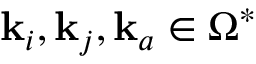
\mathbf { k } _ { i } , \mathbf { k } _ { j } , \mathbf { k } _ { a } \in \Omega ^ { * }